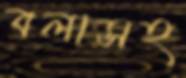
বলাসহ